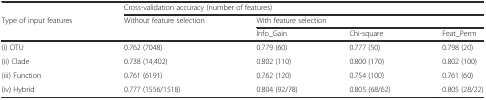
|  | <COLSPAN=4> Cross-validation accuracy (number of features) |
 | <ROWSPAN=2> Type of input features | <ROWSPAN=2> Without feature selection | <COLSPAN=3> With feature selection |
 | Info_Gain | Chi-square | Feat_Perm |
 | --- | --- | --- | --- | --- |
 | (i) OTU | 0.762 (7048) | 0.779 (60) | 0.777 (50) | 0.798 (20) |
 | (ii) Clade | 0.738 (14,402) | 0.802 (110) | 0.800 (170) | 0.802 (100) |
 | (iii) Function | 0.761 (6191) | 0.762 (120) | 0.754 (100) | 0.761 (60) |
 | (iv) Hybrid | 0.777 (1556/1518) | 0.804 (92/78) | 0.805 (68/62) | 0.805 (28/22) |